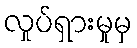
လှုပ်ရှားမှုမှ